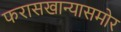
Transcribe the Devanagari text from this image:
फरासखान्यासमोर